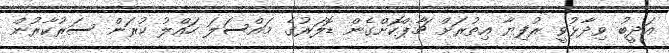
އަދީބު ވިދާޅުވީ ރުފިޔާ އިތުރަށް ޗާޕްކޮށްގެން ޑޮލަރުގެ މައްސަލަ ހައްލު ކުރަން ސަރުކާރުން